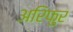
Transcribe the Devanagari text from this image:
अरिफुर